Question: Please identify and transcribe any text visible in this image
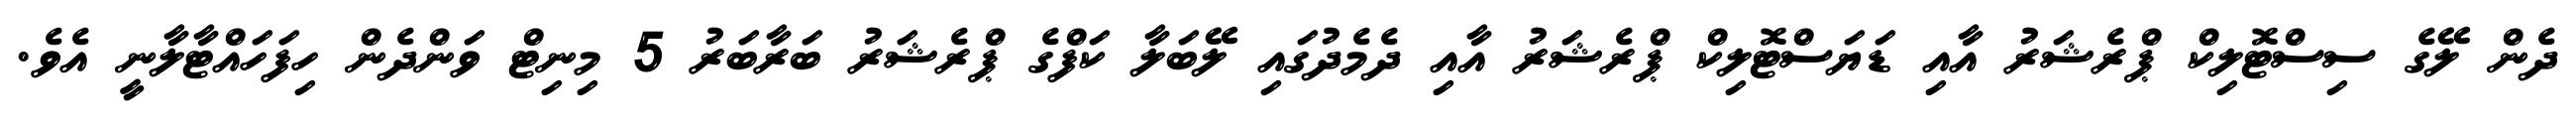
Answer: ދެން ލޭގެ ސިސްޓޮލިކް ޕްރެޝަރު އާއި ޑަޔަސްޓޮލިކް ޕްރެޝަރު އާއި ދެމެދުގައި ލޭބަލާ ކަފްގެ ޕްރެޝަރު ބަރާބަރު 5 މިނިޓް ވަންދެން ހިފަހައްޓާލާނީ އެވެ.